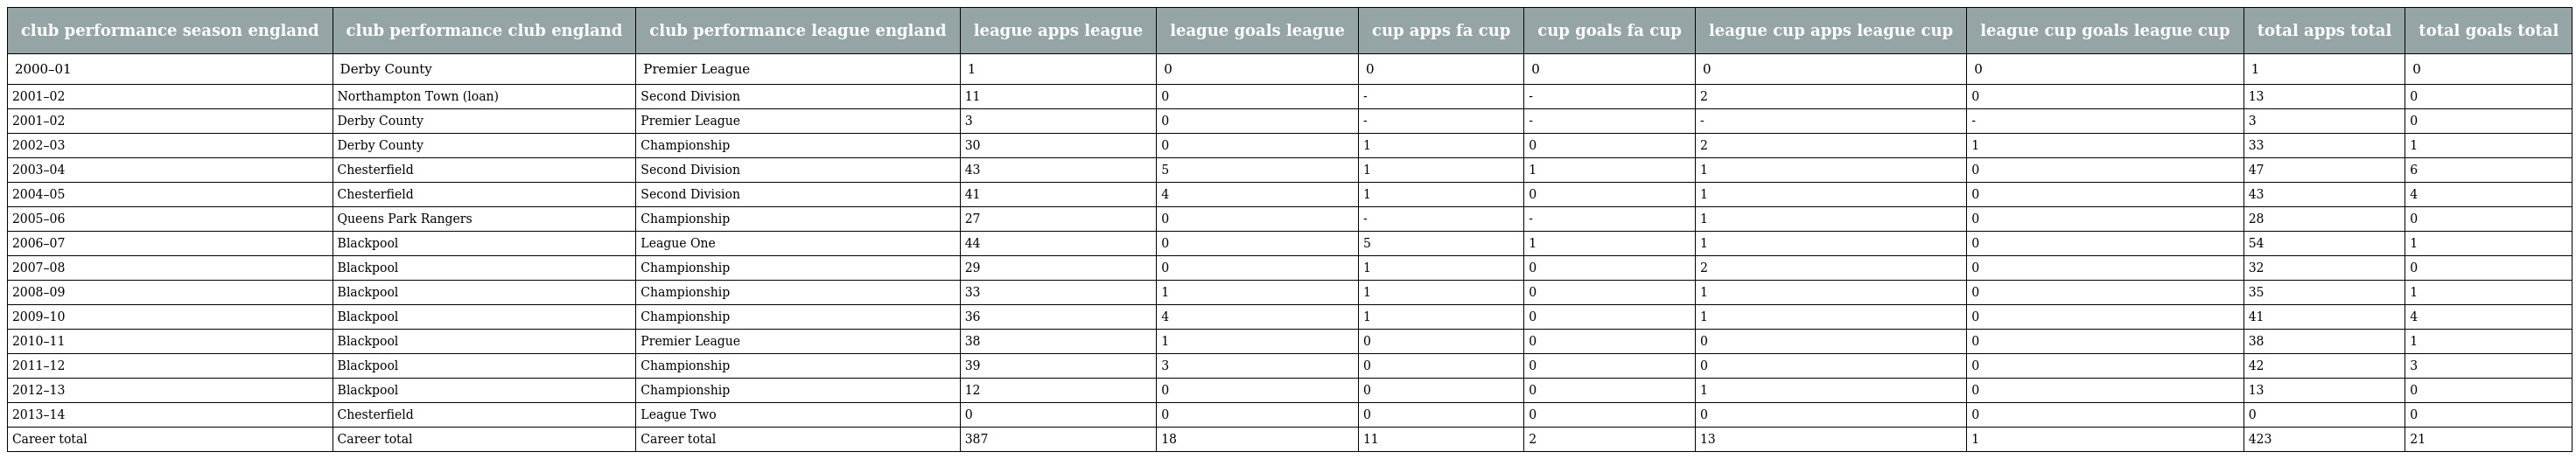
| club performance season england | club performance club england | club performance league england | league apps league | league goals league | cup apps fa cup | cup goals fa cup | league cup apps league cup | league cup goals league cup | total apps total | total goals total |
 | --- | --- | --- | --- | --- | --- | --- | --- | --- | --- | --- |
 | 2000–01 | Derby County | Premier League | 1 | 0 | 0 | 0 | 0 | 0 | 1 | 0 |
 | 2001–02 | Northampton Town (loan) | Second Division | 11 | 0 | - | - | 2 | 0 | 13 | 0 |
 | 2001–02 | Derby County | Premier League | 3 | 0 | - | - | - | - | 3 | 0 |
 | 2002–03 | Derby County | Championship | 30 | 0 | 1 | 0 | 2 | 1 | 33 | 1 |
 | 2003–04 | Chesterfield | Second Division | 43 | 5 | 1 | 1 | 1 | 0 | 47 | 6 |
 | 2004–05 | Chesterfield | Second Division | 41 | 4 | 1 | 0 | 1 | 0 | 43 | 4 |
 | 2005–06 | Queens Park Rangers | Championship | 27 | 0 | - | - | 1 | 0 | 28 | 0 |
 | 2006–07 | Blackpool | League One | 44 | 0 | 5 | 1 | 1 | 0 | 54 | 1 |
 | 2007–08 | Blackpool | Championship | 29 | 0 | 1 | 0 | 2 | 0 | 32 | 0 |
 | 2008–09 | Blackpool | Championship | 33 | 1 | 1 | 0 | 1 | 0 | 35 | 1 |
 | 2009–10 | Blackpool | Championship | 36 | 4 | 1 | 0 | 1 | 0 | 41 | 4 |
 | 2010–11 | Blackpool | Premier League | 38 | 1 | 0 | 0 | 0 | 0 | 38 | 1 |
 | 2011–12 | Blackpool | Championship | 39 | 3 | 0 | 0 | 0 | 0 | 42 | 3 |
 | 2012–13 | Blackpool | Championship | 12 | 0 | 0 | 0 | 1 | 0 | 13 | 0 |
 | 2013–14 | Chesterfield | League Two | 0 | 0 | 0 | 0 | 0 | 0 | 0 | 0 |
 | Career total | Career total | Career total | 387 | 18 | 11 | 2 | 13 | 1 | 423 | 21 |